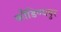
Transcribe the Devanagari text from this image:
कौंडिण्यपुर